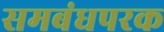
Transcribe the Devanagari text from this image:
समबंधपरक